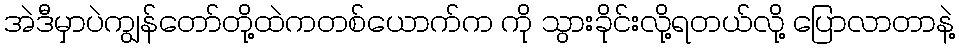
အဲဒီမှာပဲကျွန်တော်တို့ထဲကတစ်ယောက်က ကို သွားခိုင်းလို့ရတယ်လို့ ပြောလာတာနဲ့